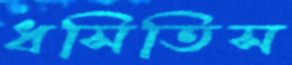
ধসিতিস